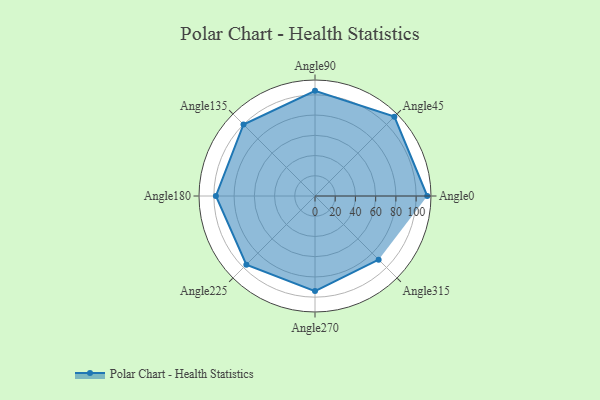
{"axis": {"x": "Angle", "y": "Radius"}, "legend": [""], "data": [{"x": "Angle0", "y": 111.0, "type": ""}, {"x": "Angle45", "y": 111.0, "type": ""}, {"x": "Angle90", "y": 104.0, "type": ""}, {"x": "Angle135", "y": 100.0, "type": ""}, {"x": "Angle180", "y": 98.0, "type": ""}, {"x": "Angle225", "y": 96.0, "type": ""}, {"x": "Angle270", "y": 94.0, "type": ""}, {"x": "Angle315", "y": 89.0, "type": ""}]}